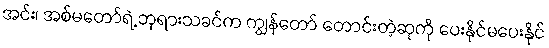
အင်း၊ အစ်မတော်ရဲ့ ဘုရားသခင်က ကျွန်တော် တောင်းတဲ့ဆုကို ပေးနိုင်မပေးနိုင်